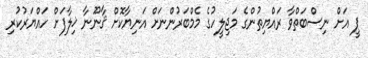
ޕީ އަށް ނިސްބަތްވާ ރައްޔިތުންގެ މަޖިލީހުގެ މެމްބަރުންނަށް އަނިޔާކޮށް ޤާނޫނާ ޚިލާފަށް ހައްޔަރުކުރި